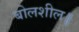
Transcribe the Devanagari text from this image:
बोलशील॥